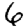
Digit: 6